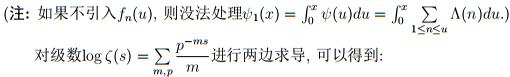
(注：如果不引入$f_{n}(u)$，则没法处理$\psi _{1}(x)=\int _{0}^{x}\psi (u)du=\int _{0}^{x}\sum _{1\leq n\leq u}\Lambda (n)du$。
对级数$\log \zeta (s)=\sum _{m,p}\frac{p^{-ms}}{m}$进行两边求导，可以得到：